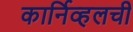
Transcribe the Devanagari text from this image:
कार्निव्हलची